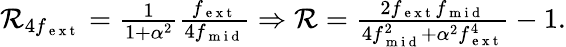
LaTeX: \begin{array}{r}{\mathcal{R}_{4f_{\mathrm{~e~x~t~}}}=\frac{1}{1+\alpha^{2}}\frac{f_{\mathrm{~e~x~t~}}}{4f_{\mathrm{~m~i~d~}}}\Rightarrow\mathcal{R}=\frac{2f_{\mathrm{~e~x~t~}}f_{\mathrm{~m~i~d~}}}{4f_{\mathrm{~m~i~d~}}^{2}+\alpha^{2}f_{\mathrm{~e~x~t~}}^{4}}-1.}\end{array}